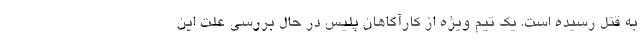
به قتل رسیده است. یک تیم ویژه از کارآگاهان پلیس در حال بررسی علت این